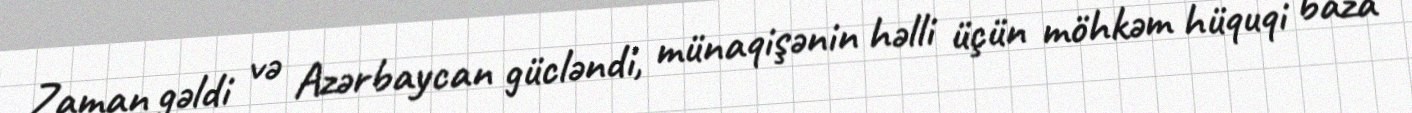
Zaman gəldi və Azərbaycan gücləndi, münaqişənin həlli üçün möhkəm hüquqi baza